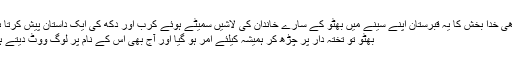
گڑھی خدا بخش کا یہ قبرستان اپنے سینے میں بھٹو کے سارے خاندان کی لاشیں سمیٹے ہوئے کرب اور دکھ کی ایک داستان پیش کرتا ہے
بھٹو تو تختہ دار پر چڑھ کر ہمیشہ کیلئے امر ہو گیا اور آج بھی اس کے نام پر لوگ ووٹ دیتے ہیں۔